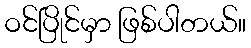
ဝင်ပြိုင်မှာ ဖြစ်ပါတယ်။